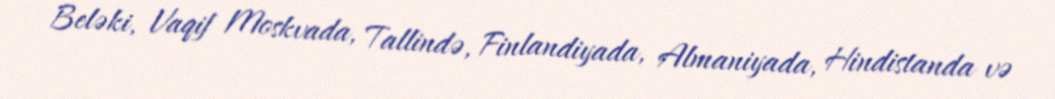
Beləki, Vaqif Moskvada, Tallində, Finlandiyada, Almaniyada, Hindistanda və